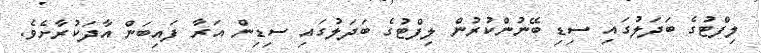
ލިފްޓުގެ ބަދަލުގައި ސިޑި ބޭނުންކުރުން ލިފްޓުގެ ބަދަލުގައި ސިޑިން އަރާ ފައިބަން އާދަކުރާށެވެ.